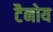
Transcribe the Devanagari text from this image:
टैनोय